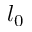
l _ { 0 }